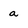
Character: a